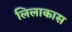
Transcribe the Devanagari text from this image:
लिलाकास